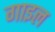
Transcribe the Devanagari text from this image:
गाइल